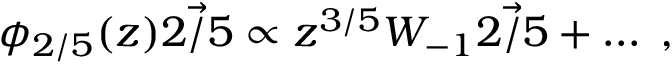
\phi _ { 2 / 5 } ( z ) \vec { 2 / 5 } \propto z ^ { 3 / 5 } W _ { - 1 } \vec { 2 / 5 } + \ldots \; ,